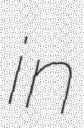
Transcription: in